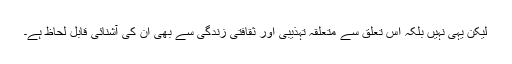
لیکن یہی نہیں بلکہ اس تعلق سے متعلقہ تہذیبی اور ثقافتی زندگی سے بھی ان کی آشنائی قابل لحاظ ہے۔